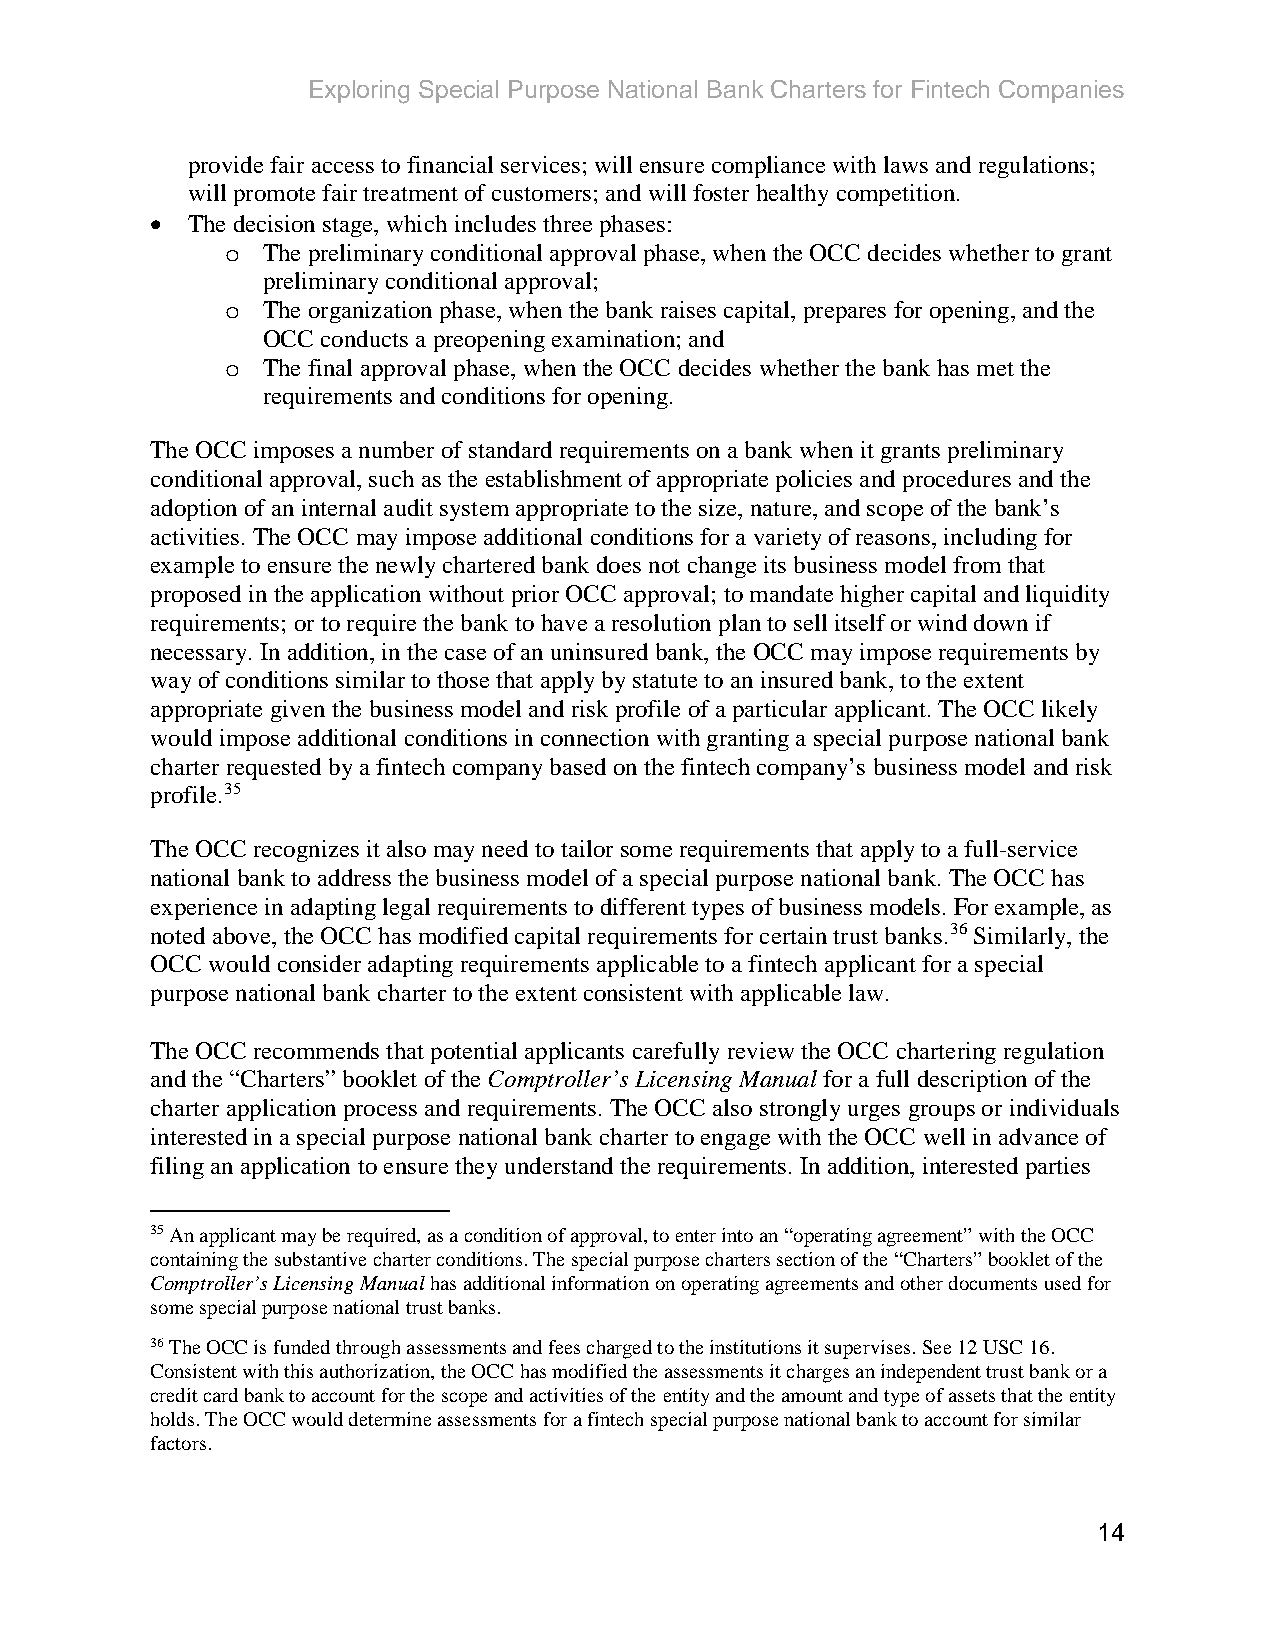
Exploring Special Purpose National Bank Charters for Fintech Companies
 provide fair access to financial services; will ensure compliance with laws and regulations;
 will promote fair treatment of customers; and will foster healthy competition.
 • The decision stage, which includes three phases:
 The preliminary conditional approval phase, when the OCC decides whether to grant
 o
 preliminary conditional approval;
 The organization phase, when the bank raises capital, prepares for opening, and the
 o
 OCC conducts a preopening examination; and
 The final approval phase, when the OCC decides whether the bank has met the
 o
 requirements and conditions for opening.
 The OCC imposes a number of standard requirements on a bank when it grants preliminary
 conditional approval, such as the establishment of appropriate policies and procedures and the
 adoption of an internal audit system appropriate to the size, nature, and scope of the bank’s
 activities. The OCC may impose additional conditions for a variety of reasons, including for
 example to ensure the newly chartered bank does not change its business model from that
 proposed in the application without prior OCC approval; to mandate higher capital and liquidity
 requirements; or to require the bank to have a resolution plan to sell itself or wind down if
 necessary. In addition, in the case of an uninsured bank, the OCC may impose requirements by
 way of conditions similar to those that apply by statute to an insured bank, to the extent
 appropriate given the business model and risk profile of a particular applicant. The OCC likely
 would impose additional conditions in connection with granting a special purpose national bank
 charter requested by a fintech company based on the fintech company’s business model and risk
 profile.35
 The OCC recognizes it also may need to tailor some requirements that apply to a full-service
 national bank to address the business model of a special purpose national bank. The OCC has
 experience in adapting legal requirements to different types of business models. For example, as
 noted above, the OCC has modified capital requirements for certain trust banks.36 Similarly, the
 OCC would consider adapting requirements applicable to a fintech applicant for a special
 purpose national bank charter to the extent consistent with applicable law.
 The OCC recommends that potential applicants carefully review the OCC chartering regulation
 and the “Charters” booklet of the Comptroller’s Licensing Manual for a full description of the
 charter application process and requirements. The OCC also strongly urges groups or individuals
 interested in a special purpose national bank charter to engage with the OCC well in advance of
 filing an application to ensure they understand the requirements. In addition, interested parties
 35 An applicant may be required, as a condition of approval, to enter into an “operating agreement” with the OCC
 containing the substantive charter conditions. The special purpose charters section of the “Charters” booklet of the
 Comptroller’s Licensing Manual has additional information on operating agreements and other documents used for
 some special purpose national trust banks.
 36 The OCC is funded through assessments and fees charged to the institutions it supervises. See 12 USC 16.
 Consistent with this authorization, the OCC has modified the assessments it charges an independent trust bank or a
 credit card bank to account for the scope and activities of the entity and the amount and type of assets that the entity
 holds. The OCC would determine assessments for a fintech special purpose national bank to account for similar
 factors.
 14